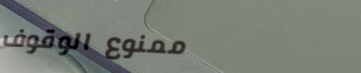
ممنوع الوقوف